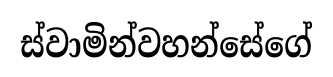
ස්වාමින්වහන්සේගේ